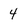
Character: 4